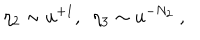
LaTeX: \eta _ { 2 } \sim u ^ { + 1 } , ~ ~ \eta _ { 3 } \sim u ^ { - N _ { 2 } } \ ,